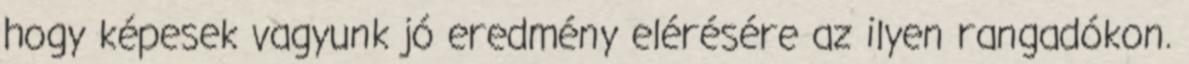
hogy képesek vagyunk jó eredmény elérésére az ilyen rangadókon.